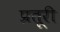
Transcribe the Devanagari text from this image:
प्रतूरी